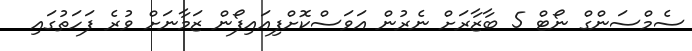
ސެމްސަންގް ނޯޓް 5 ބާޒާރަށް ނެރުން އަވަސްކޮށްފިއައިފޯން ޒަމާނަށް ވުރެ ފަހަތުގައި